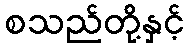
စသည်တို့နှင့်